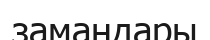
замандары